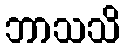
ဘာသသိ